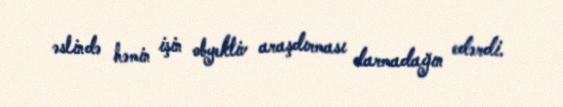
əslində həmin işin obyektiv araşdırması darmadağın edərdi.